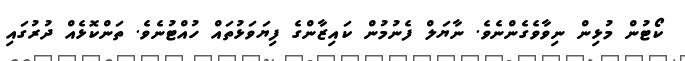
ކޯޓުން މުޅިން ނިވާވެގެންނެވެ. ނާޔަލް ފެނުމުން ކައިޒާންގެ ފިޔަވަޅުތައް ހުއްޓުނެވެ. ތަންކޮޅެއް ދުރުގައި